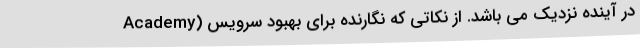
Academy) در آینده نزدیک می باشد. از نکاتی که نگارنده برای بهبود سرویس